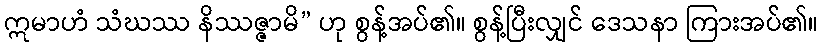
ဣမာဟံ သံဃဿ နိဿဇ္ဇာမိ” ဟု စွန့်အပ်၏။ စွန့်ပြီးလျှင် ဒေသနာ ကြားအပ်၏။